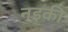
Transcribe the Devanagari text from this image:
नइकी